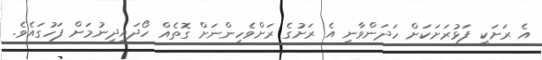
އެ ރަށަކީ ފަޅުރަށަކަށް ހަދަންވާނީ އެ ރަށުގެ ރަށްވެހިންނަށް ގޮތެއް ހޯދައިދިނުމަށް ފަހުގައެވެ.